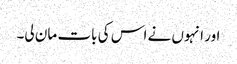
اور انہوں نے اس کی بات مان لی۔